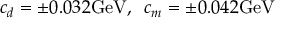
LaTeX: c _ { d } = \pm 0 . 0 3 2 \mathrm { G e V } , \enspace c _ { m } = \pm 0 . 0 4 2 \mathrm { G e V }